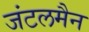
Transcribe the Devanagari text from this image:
जंटलमैन